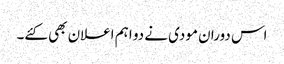
اس دوران مودی نے دو اہم اعلان بھی کئے۔